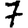
Digit: 7